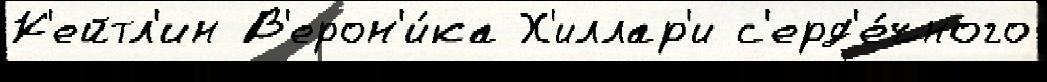
К'ейтл'ин В'ерон'и́ка Х'иллар'и с'ерд'е́чного